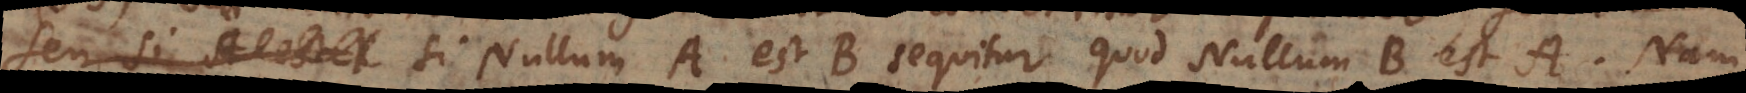
seu si Nullum A est B sequitur quod Nullum B est A. Nam